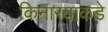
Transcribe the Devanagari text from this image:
किनार्‍याकडे